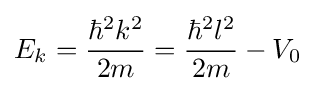
E_{k}={\frac {\hbar ^{2}k^{2}}{2m}}={\frac {\hbar ^{2}l^{2}}{2m}}-V_{0}